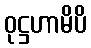
ဝုဋ္ဌဟာမိပိ